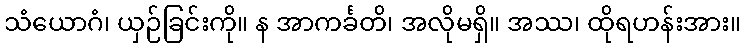
သံယောဂံ၊ ယှဉ်ခြင်းကို။ န အာကင်္ခတိ၊ အလိုမရှိ။ အဿ၊ ထိုရဟန်းအား။